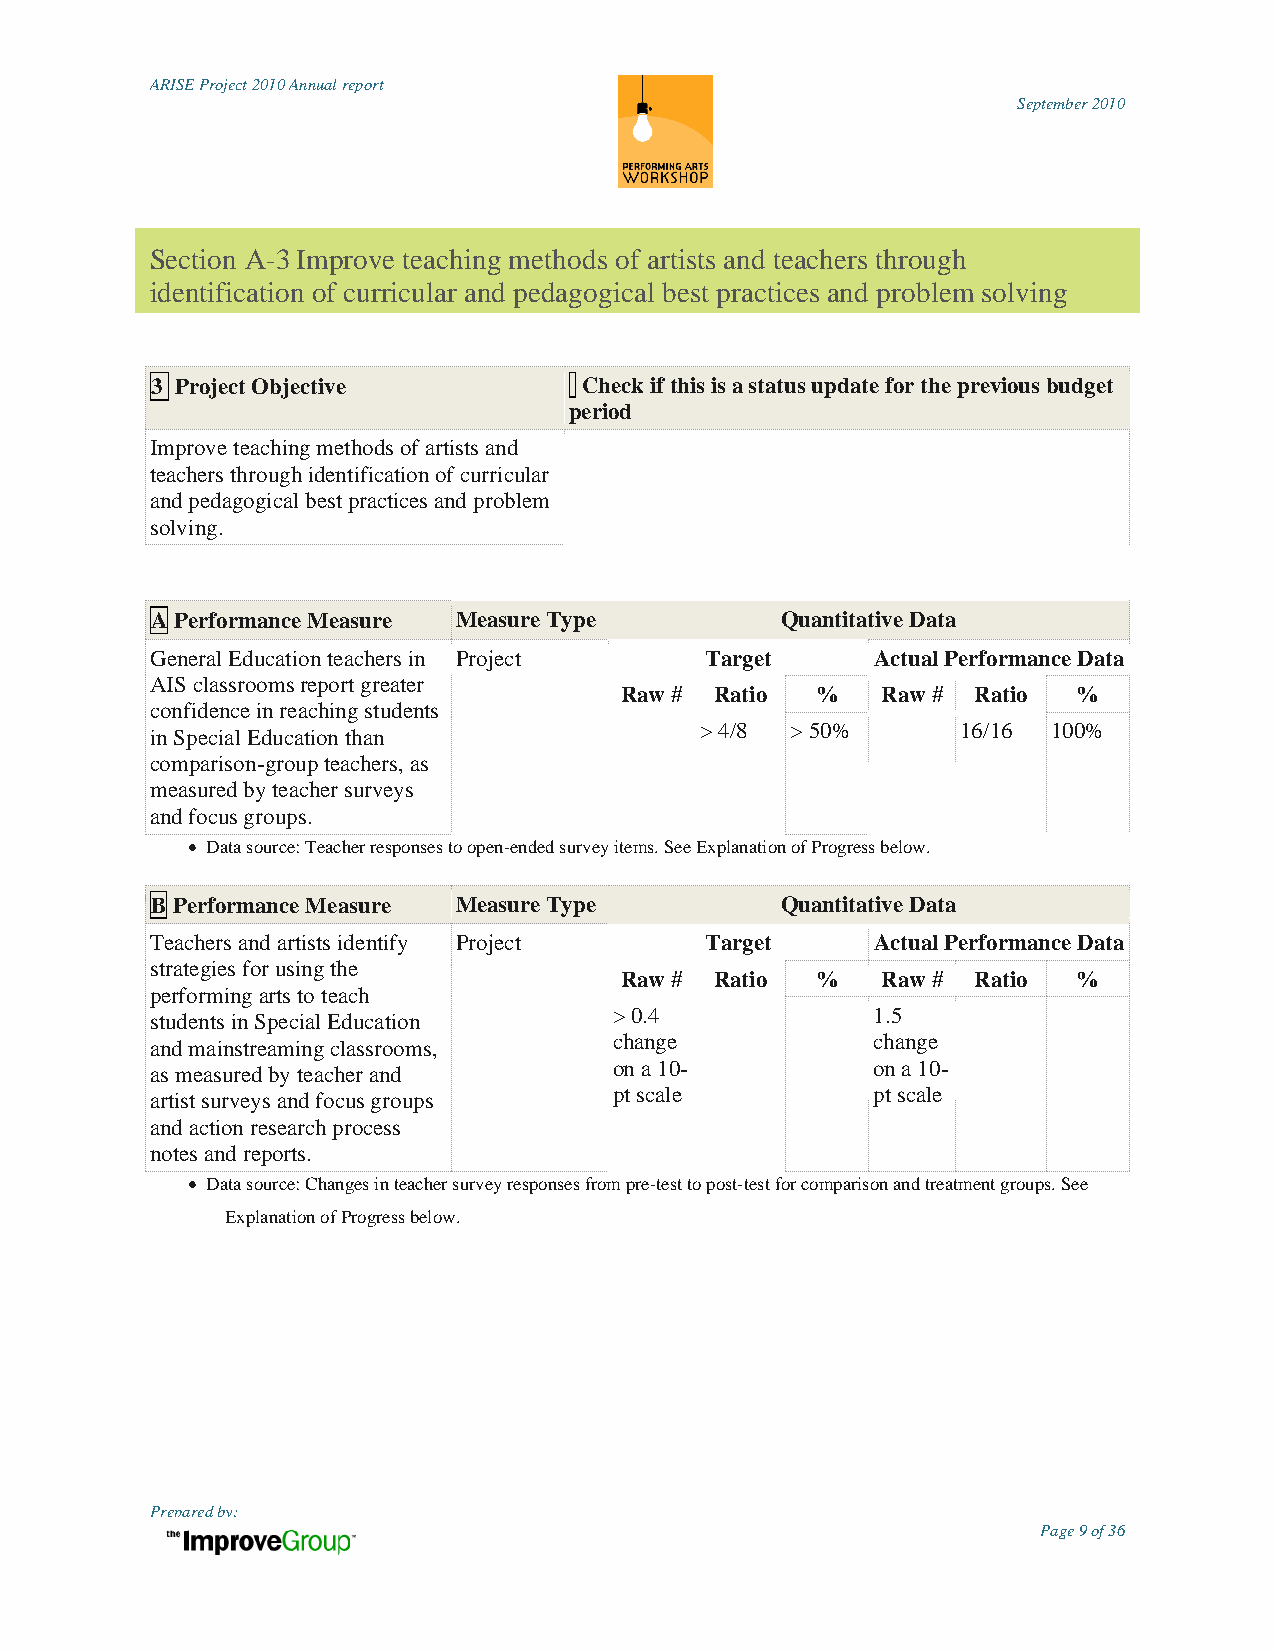
ARISE Project 2010 Annual report
 September 2010
 Section A-3 Improve teaching methods of artists and teachers through
 identification of curricular and pedagogical best practices and problem solving
 3 Project Objective          Check if this is a status update for the previous budget
 period
 Improve teaching methods of artists and
 teachers through identification of curricular
 and pedagogical best practices and problem
 solving.
 A Performance Measure Measure Type        Quantitative Data
 General Education teachers in Project Target    Actual Performance Data
 AIS classrooms report greater
 Raw # Ratio  %   Raw #  Ratio %
 confidence in reaching students
 > 4/8 > 50%       16/16 100%
 in Special Education than
 comparison-group teachers, as
 measured by teacher surveys
 and focus groups.
  Data source: Teacher responses to open-ended survey items. See Explanation of Progress below.
 B Performance Measure Measure Type        Quantitative Data
 Teachers and artists identify Project Target    Actual Performance Data
 strategies for using the
 Raw # Ratio  %   Raw #  Ratio %
 performing arts to teach
 > 0.4            1.5
 students in Special Education
 change           change
 and mainstreaming classrooms,
 on a 10-         on a 10-
 as measured by teacher and
 artist surveys and focus groups pt scale        pt scale
 and action research process
 notes and reports.
  Data source: Changes in teacher survey responses from pre-test to post-test for comparison and treatment groups. See
 Explanation of Progress below.
 Prepared by:
 Page 9 of 36